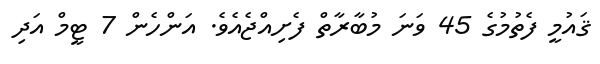
ޤައުމީ ފެތުމުގެ 45 ވަނަ މުބާރާތް ފެށިއްޖެއެވެ. އަންހެން 7 ޓީމް އަދި